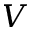
V